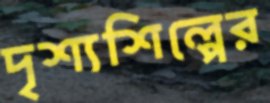
দৃশ্যশিল্পের